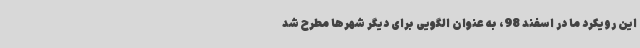
این رویکرد ما در اسفند 98، به عنوان الگویی برای دیگر شهرها مطرح شد